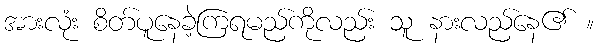
အားလုံး စိတ်ပူနေခဲ့ကြရမည်ကိုလည်း သူ နားလည်နေ၏ ။